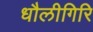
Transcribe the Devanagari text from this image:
धौलीगिरि